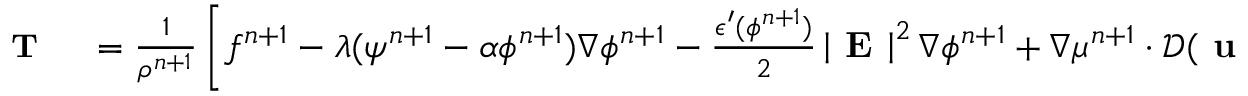
\begin{array} { r l } { \small \textbf { T } } & { { } = \frac { 1 } { \rho ^ { n + 1 } } \left[ f ^ { n + 1 } - \lambda ( \psi ^ { n + 1 } - \alpha \phi ^ { n + 1 } ) \nabla \phi ^ { n + 1 } - \frac { \epsilon ^ { \prime } ( \phi ^ { n + 1 } ) } { 2 } \left| \textbf { E } \right| ^ { 2 } \nabla \phi ^ { n + 1 } + \nabla \mu ^ { n + 1 } \cdot \mathcal { D } ( \textbf { u } ^ { * , n + 1 } ) \right. } \end{array}